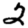
Digit: 2